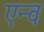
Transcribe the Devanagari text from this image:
एन्व